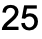
25